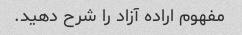
مفهوم اراده آزاد را شرح دهید.